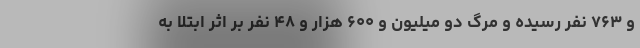
و ۷۶۳ نفر رسیده و مرگ دو میلیون و ۶۰۰ هزار و ۴۸ نفر بر اثر ابتلا به